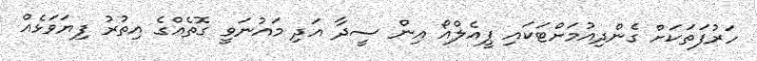
ހަރުފަތަކަށް ގެންދިއުމަށްޓަކައި ޕީއެލްއޯ އިން ސީދާ އަދި މައުނަވީ ގޮތެއްގެ އިތުރު ފިޔަވަޅެއް